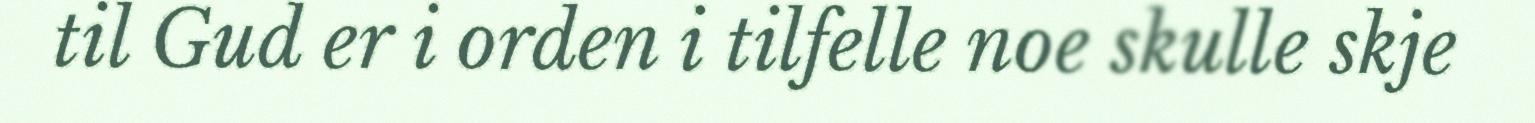
til Gud er i orden i tilfelle noe skulle skje